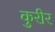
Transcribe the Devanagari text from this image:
कुरीर